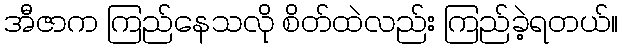
အီဇာက ကြည်နေသလို စိတ်ထဲလည်း ကြည်ခဲ့ရတယ်။